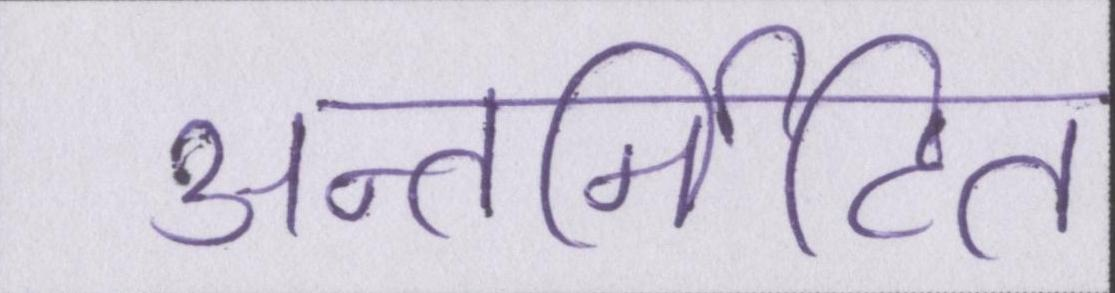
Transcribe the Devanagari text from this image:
अन्तर्निहित